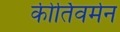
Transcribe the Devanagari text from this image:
कीर्तिवर्मन